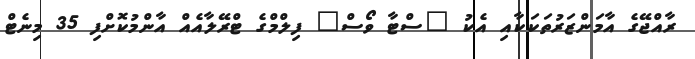
ރާއްޖޭގެ އާމަންޒަރުތަކަކާއި އެކު "ސްޓާ ވޯސް" ފިލްމްގެ ޓްރޭލާއެއް އާންމުކޮށްފި 35 މިނެޓް